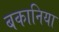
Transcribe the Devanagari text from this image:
बकानिया